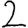
Digit: 2